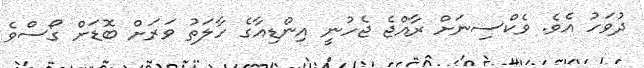
ދުވަހު އެވެ. ވެކްސިނަށް ރާއްޖެ ޖެހުނީ އިންޑިއާގެ ހާލަތު ވަރަށް ބޮޑަށް ގޯސްވެ